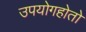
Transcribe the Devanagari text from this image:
उपयोगहोतो